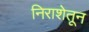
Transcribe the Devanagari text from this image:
निराशेतून